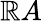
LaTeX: \mathbb{R}A